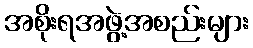
အစိုးရအဖွဲ့အစည်းများ